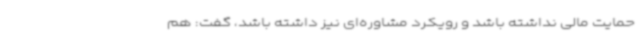
حمایت مالی نداشته باشد و رویکرد مشاوره‌ای نیز داشته باشد، گفت: هم